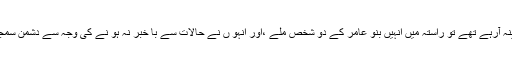
لیکن جب وہ مد ینہ آرہے تھے تو راستہ میں انہیں بنو عامر کے دو شخص ملے ،اور انہو ں نے حالات سے با خبر نہ ہو نے کی وجہ سے دشمن سمجھ کر قتل کر دیا۔